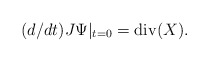
\begin{align*}(d/dt)J\Psi|_{t=0}=\mathrm{div}(X).\end{align*}